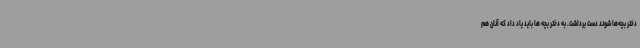
دختر بچه‌ها شوند دست برداشت. به دختر بچه ها باید یاد داد که آنان هم